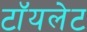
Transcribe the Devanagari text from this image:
टाॅयलेट